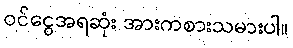
ဝင်ငွေအရဆုံး အားကစားသမားပါ။